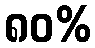
၈၀%